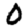
Digit: 0